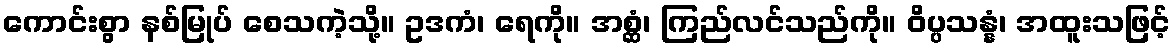
ကောင်းစွာ နစ်မြုပ် စေသကဲ့သို့။ ဥဒကံ၊ ရေကို။ အစ္ဆံ၊ ကြည်လင်သည်ကို။ ဝိပ္ပသန္နံ၊ အထူးသဖြင့်